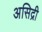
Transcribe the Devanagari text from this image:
असिद्री